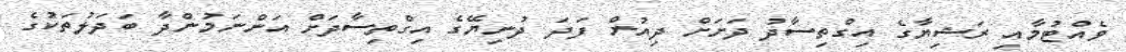
ވެއްޓުމާއި ރަޝިޔާގެ އިގްތިސާދު ދަށަށް ދިއުން ފަދަ ދުނިޔޭގެ އިގްތިސާދަށް އަންނަމުންދާ ބަދަލުތަކުގެ